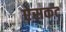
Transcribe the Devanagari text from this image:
ऐसकट